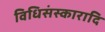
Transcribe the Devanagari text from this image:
विधिसंस्कारादि